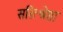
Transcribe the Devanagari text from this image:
सरित्श्रेष्ठा